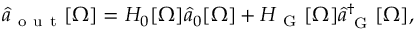
\hat { a } _ { \mathrm { ~ o ~ u ~ t ~ } } [ \Omega ] = H _ { 0 } [ \Omega ] \hat { a } _ { 0 } [ \Omega ] + H _ { \mathrm { ~ G ~ } } [ \Omega ] \hat { a } _ { \mathrm { ~ G ~ } } ^ { \dagger } [ \Omega ] ,